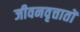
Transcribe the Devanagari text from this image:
जीवनवृत्तातों